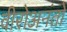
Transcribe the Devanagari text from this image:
वीरोअनंतो